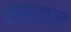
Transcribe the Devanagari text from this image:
भेस्‍लाल